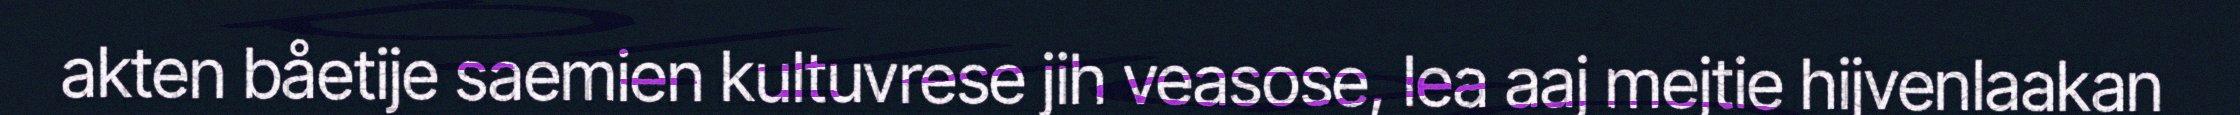
akten båetije saemien kultuvrese jih veasose, lea aaj mejtie hijvenlaakan